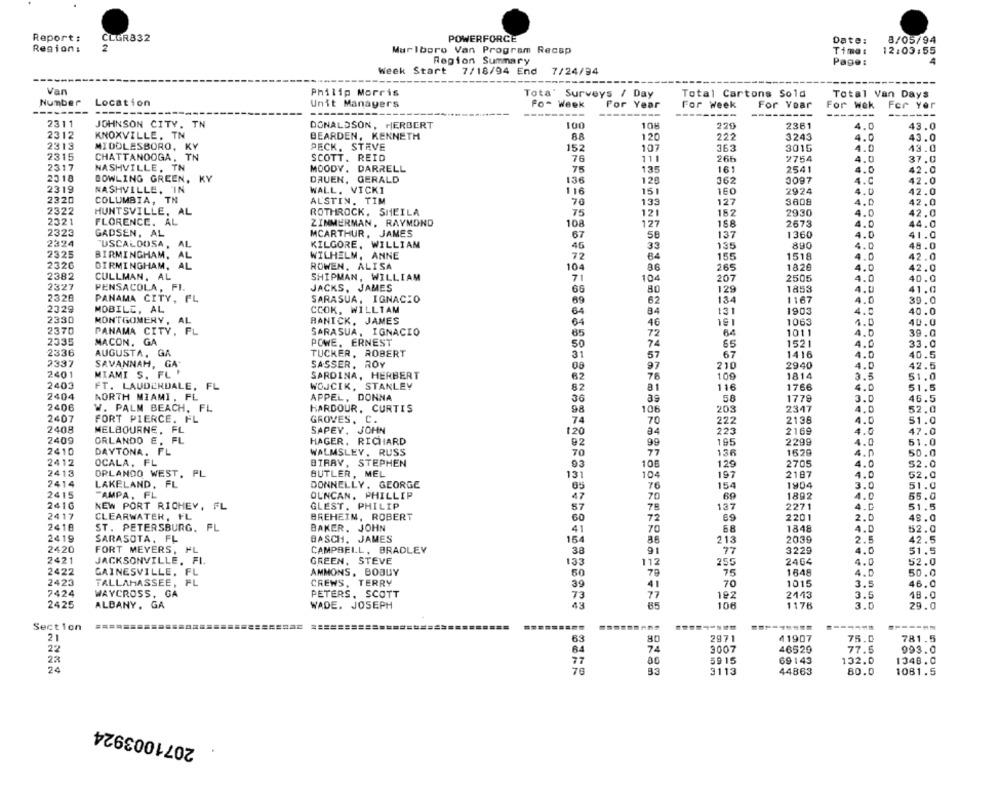
Report:
CLGR832
POWERFORCE
Date:
8/05/94
2
Region:
Marlboro Van Program Recap
Time:
12:03:55
Region Summary
Page:
Week Start 7/18/94 End
7/24/94
Van
Philip Morris
Tota' Surveys / Day
Total Cartons Sold
Total Van Days
Number Location
Unit Managers
Fo- Week
For Year
For Week
For Year
For wek
--
---------
For Yer
------
2311
JOHNSON CITY. TN
DONALDSON, HERBERT
100
108
2361
4.0
43.0
2312
KNOXVILLE, TN
BEARDEN, KENNETH
120
222
3243
4.0
43.0
2313
MIDDLESBORO, KY
PECK, STEVE
152
107
363
3015
4.0
43.0
2315
CHATTANOOGA, TN
TN
SCOTT. REID
76
111
266
2754
4.0
37.0
2317
NASHVILLE, TN
MOODY. DARRELL
75
135
16
2541
4.0
42.0
2318
BOWLING GREEN, KY
DRUEN, GERALD
136
120
362
3097
4.C
42.0
2319
NASHVILLE, IN
WALL. VICK1
116
151
160
2924
4.0
42.0
AL'STIN. TIM
2320
COLUMBIA, TN
70
133
127
3608
4.0
42.0
2322
HUNTSVILLE, AL
ROTHROCK, SHEILA
75
121
157
2930
4.0
42.0
2321
ZIMMERMAN, RAYMOND
127
FLORENCE. AL
108
2673
4.0
44.0
2323
GADSEN, AL
MCARTHUR, JAMES
67
58
137
1360
4.0
41.0
2324
TUSCALOOSA,
AL
KILGORE, WILLIAM
135
890
4.0
48.0
2325
45
33
BIRMINGHAM,
AL
WILHELM, ANNE
72
155
1518
4.0
42.0
FON
2326
BIRMINGHAM,
AL
ROWEN, ALISA
104
86
265
1826
4.0
42.0
2382
CULLMAN, AL
SHIPMAN, WILLIAM
71
104
207
2505
40.0
2327
4.0
PENSACOLA, FI.
JACKS, JAMES
66
80
129
1853
4.0
41.0
2320
PANAMA CITY, FL
SARASUA, IGNACIO
69
62
134
1167
4.0
39.0
2329
MOBILE, AL
CCOK, WILLTAM
64
84
131
1903
4.0
40.0
2330
MONTGOMERY, AL
BANICK, JAMES
46
191
1063
4.0
40.0
2370
PANAMA CITY, FL
SARASUA, IGNACIO
64
1011
4.0
39.0
2335
MACON, GA
65
72
POWE, ERNEST
50
74
1521
4.0
33.0
2336
AUGUSTA, GA
TUCKER, ROBERT
31
57
67
1416
4.0
40.5
2337
SAVANNAH, GA
SASSER. ROY
210
2940
4.0
42.5
2401
MIAMI S. FL .
08
97
SARDINA, HERBERT
62
7F
109
1814
3.5
51.0
2403
FT. LAUDERDALE, FL
WOJCIK, STANLEY
82
8.1
116
1766
4.0
51.5
2404
NORTH MIAMI, FL
APPEL, DONNA
36
1779
3.0
46.5
2406
W. PALM BEACH, FL
HARDOUR, CURTIS
98
106
203
2347
4.0
52.0
2407
FORT PIERCE. FL
GROVES. C.
74
70
222
2138
4.0
51.0
2408
MELBOURNE, FL
SAPEY. JOHN
120
34
223
2169
4.0
47.0
2409
ORLANDO E, FL
HAGER, RICHARD
92
99
195
2299
4.0
51.0
2410
DAYTONA. FL
WALMSLEY. RUSS
70
77
138
1629
50.0
4.0
2412
OCALA, FL
BIRAV, STEPHEN
93
106
129
2705
4.0
$2.0
2413
ORLANDO WEST. PL
BUTLER, MEL
131
104
197
2187
4.0
52.0
2414
LAKELAND, FL
DONNELLY. GEORGE
65
76
154
1904
3.0
51.0
2415
TAMPA, FL
OUNCAN. PHILLIP
47
70
69
1892
4.0
55.0
2416
NEW PORT RICHEY, FL
GLEST. PHILIP
57
137
2271
4.0
51.5
78
2417
CLEARWATER, FL
BREHEIM, ROBERT
60
72
69
2201
2.0
48.0
2418
ST. PETERSBURG, FL
BAKER, JOHN
41
70
1848
4.0
52.0
2419
SARASOTA, FL
BASCH, JAMES
213
2039
2.5
42.5
154
2420
FORT MEYERS, FL
CAMPBELL, BRADLEY
38
91
77
3229
4.0
51.5
2421
JACKSONVILLE, FI.
GREEN, STEVE
133
112
255
2464
4.0
52.0
2422
GAINESVILLE, FL
AMMONS . BOJUY
79
75
1648
50
4.0
50.0
2423
TALLAHASSEE, FL
CREWS, TERRY
39
41
70
1015
3.5
46.0
7424
WAYCROSS, GA
PETERS, SCOTT
182
2143
3.5
48.0
73
77
2425
ALBANY, GA
WADE. JOSEPH
43
85
106
1176
3.0
29.0
Section
21
63
80
2971
41907
75.0
781.5
22
74
3007
46529
77.5
993.0
22
77
5915
69143
132.0
1348.0
24
33
3113
44863
80.0
1081.5
2071003924